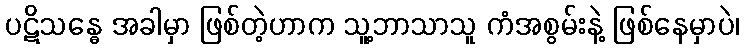
ပဋိသန္ဓေ အခါမှာ ဖြစ်တဲ့ဟာက သူ့ဘာသာသူ ကံအစွမ်းနဲ့ ဖြစ်နေမှာပဲ၊